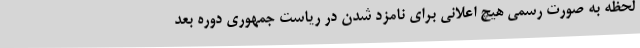
لحظه به صورت رسمی هیچ اعلانی برای نامزد شدن در ریاست جمهوری دوره بعد